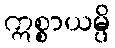
ဣစ္စာယမ္ပိ